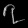
Digit: ၇